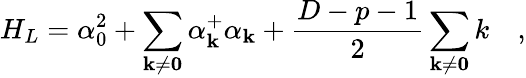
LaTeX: H_{L}=\alpha_{0}^{2}+\sum_{\mathbf{k\neq 0}}\alpha_{\mathbf k}^{+}\alpha_{\mathbf k}+\frac{D-p-1}{2}\sum_{\mathbf{k\neq 0}}k\quad,